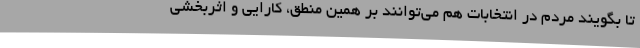
تا بگویند مردم در انتخابات هم می‌توانند بر همین منطق، کارایی و اثربخشی